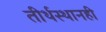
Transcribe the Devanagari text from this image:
तीर्थस्थानही